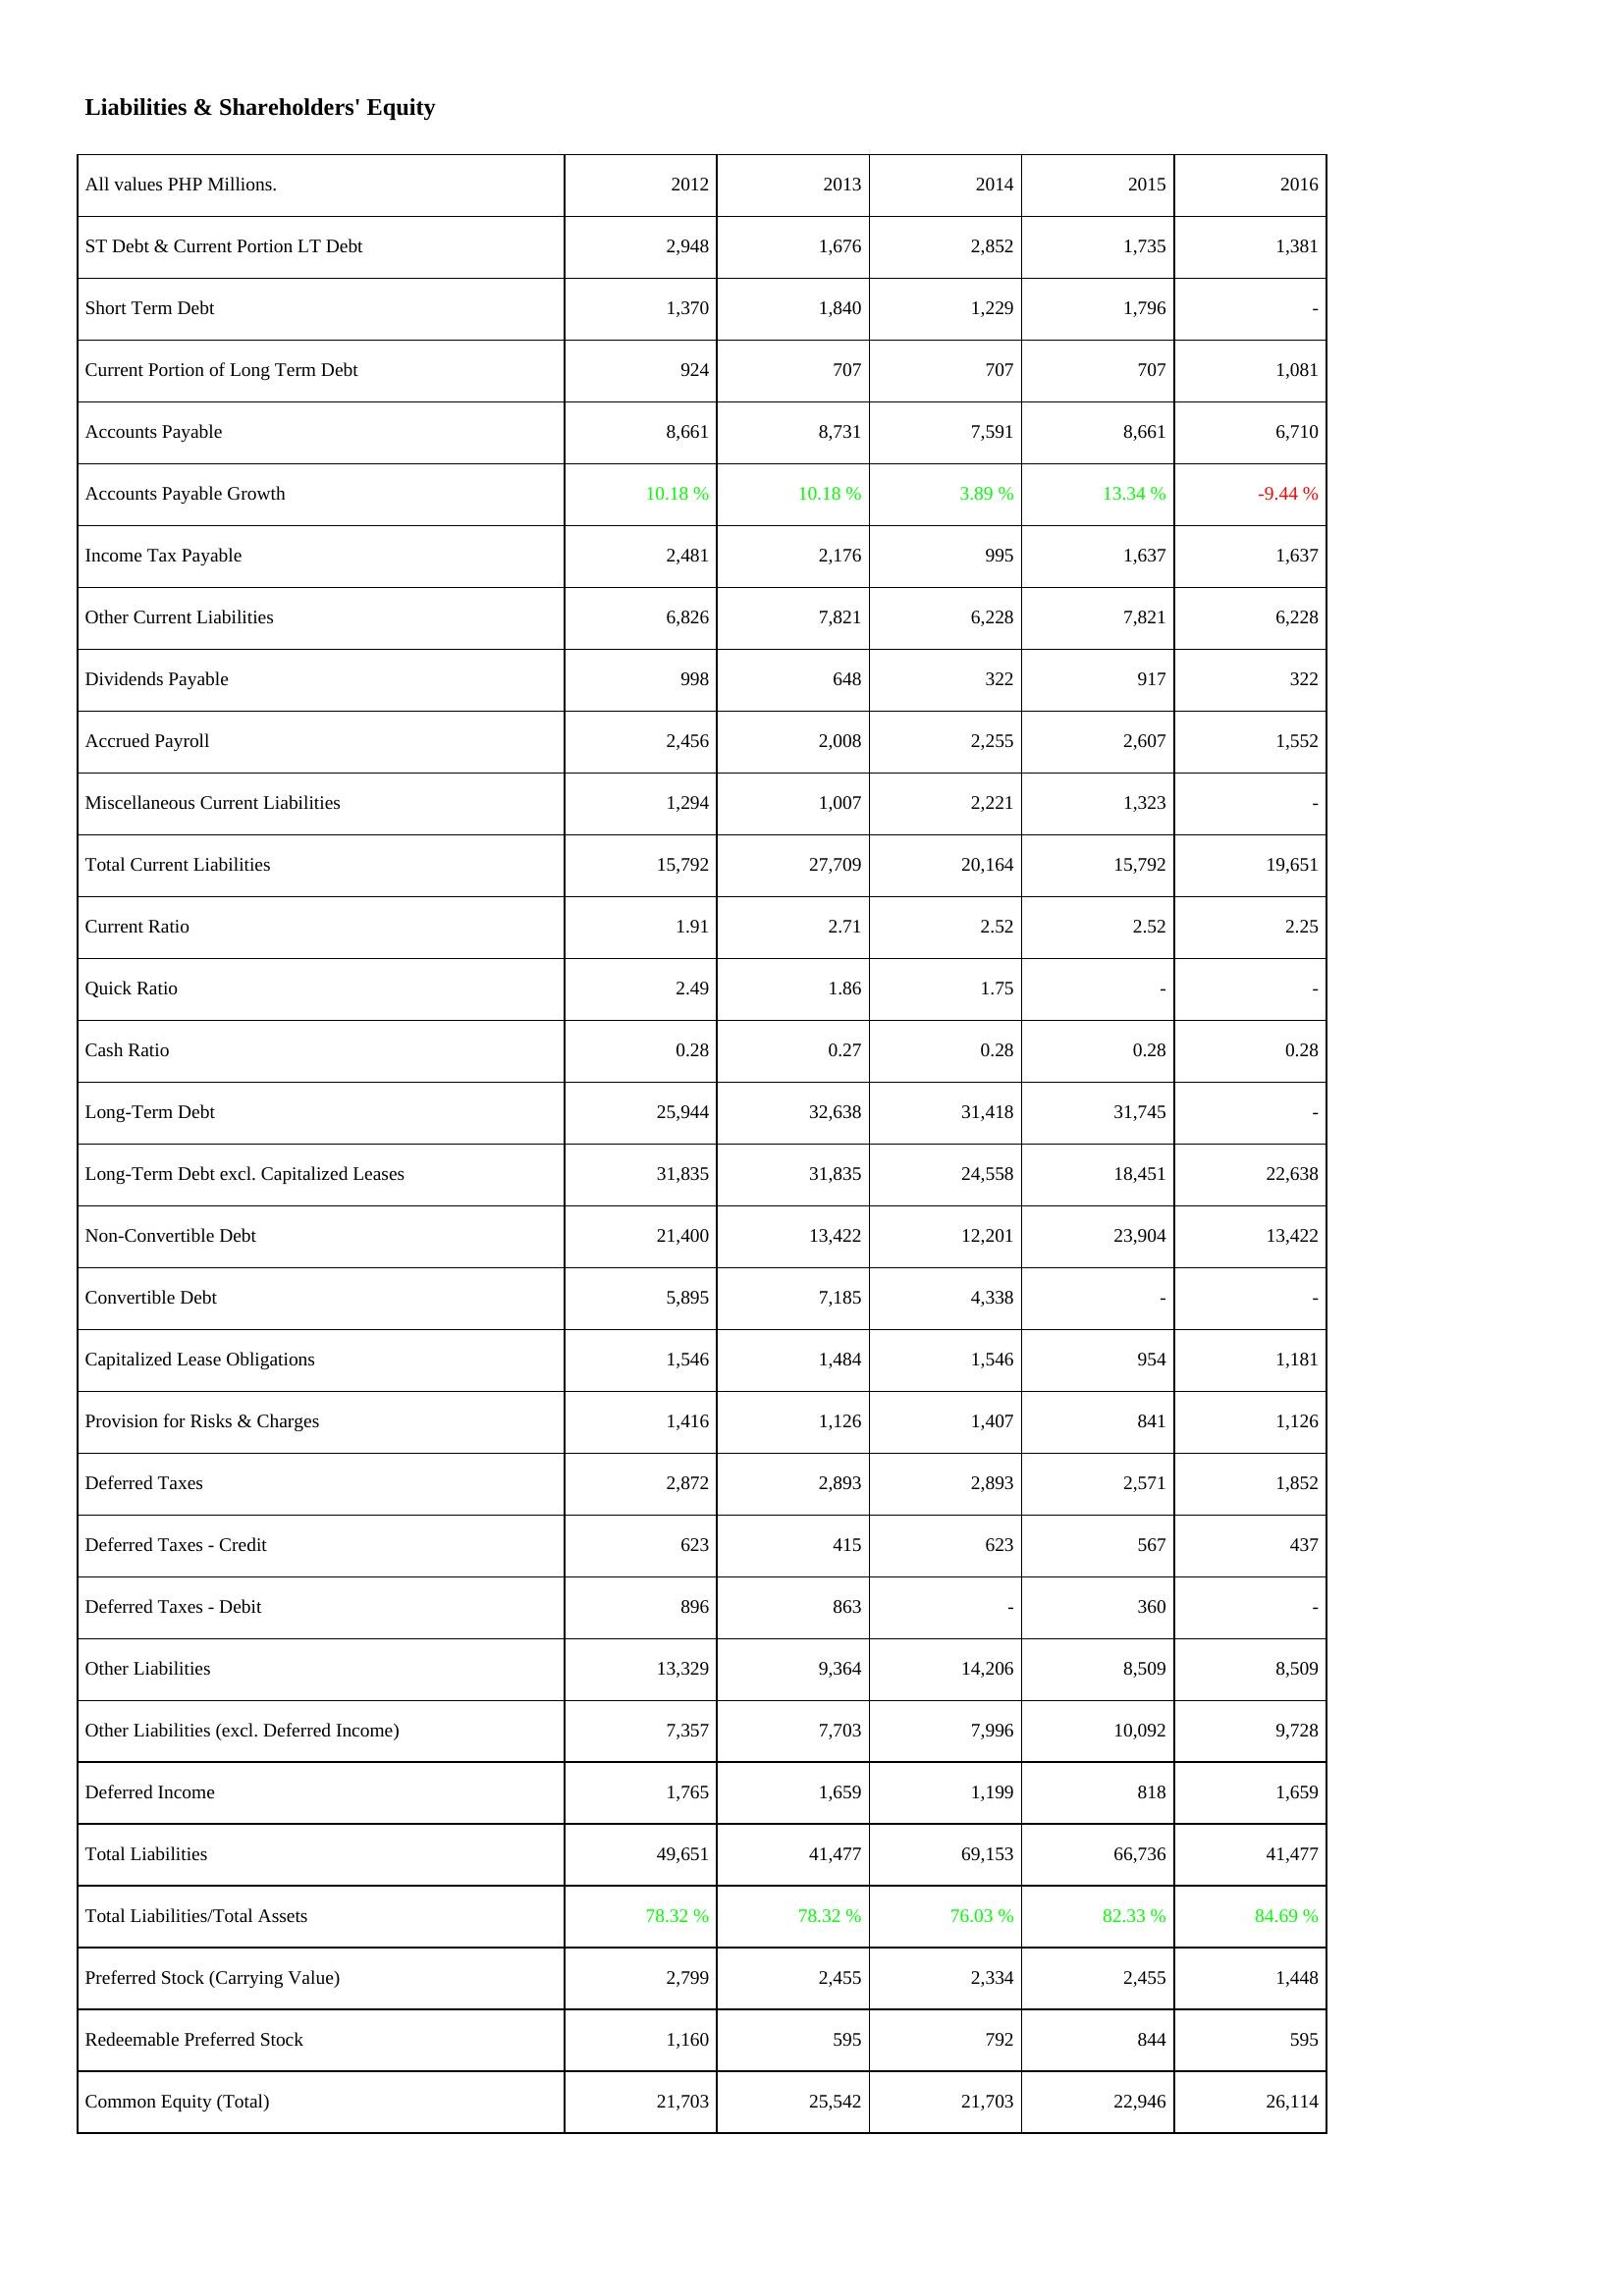
2012: Liabilities & Shareholders' Equity: ST Debt & Current Portion LT Debt: 2,948
Short Term Debt: 1,370
Current Portion of Long Term Debt: 924
Accounts Payable: 8,661
Accounts Payable Growth: 10.18 %
Income Tax Payable: 2,481
Other Current Liabilities: 6,826
Dividends Payable: 998
Accrued Payroll: 2,456
Miscellaneous Current Liabilities: 1,294
Total Current Liabilities: 15,792
Current Ratio: 1.91
Quick Ratio: 2.49
Cash Ratio: 0.28
Long-Term Debt: 25,944
Long-Term Debt excl. Capitalized Leases: 31,835
Non-Convertible Debt: 21,400
Convertible Debt: 5,895
Capitalized Lease Obligations: 1,546
Provision for Risks & Charges: 1,416
Deferred Taxes: 2,872
Deferred Taxes - Credit: 623
Deferred Taxes - Debit: 896
Other Liabilities: 13,329
Other Liabilities (excl. Deferred Income): 7,357
Deferred Income: 1,765
Total Liabilities: 49,651
Total Liabilities/Total Assets: 78.32 %
Preferred Stock (Carrying Value): 2,799
Redeemable Preferred Stock: 1,160
Common Equity (Total): 21,703
2013: Liabilities & Shareholders' Equity: ST Debt & Current Portion LT Debt: 1,676
Short Term Debt: 1,840
Current Portion of Long Term Debt: 707
Accounts Payable: 8,731
Accounts Payable Growth: 10.18 %
Income Tax Payable: 2,176
Other Current Liabilities: 7,821
Dividends Payable: 648
Accrued Payroll: 2,008
Miscellaneous Current Liabilities: 1,007
Total Current Liabilities: 27,709
Current Ratio: 2.71
Quick Ratio: 1.86
Cash Ratio: 0.27
Long-Term Debt: 32,638
Long-Term Debt excl. Capitalized Leases: 31,835
Non-Convertible Debt: 13,422
Convertible Debt: 7,185
Capitalized Lease Obligations: 1,484
Provision for Risks & Charges: 1,126
Deferred Taxes: 2,893
Deferred Taxes - Credit: 415
Deferred Taxes - Debit: 863
Other Liabilities: 9,364
Other Liabilities (excl. Deferred Income): 7,703
Deferred Income: 1,659
Total Liabilities: 41,477
Total Liabilities/Total Assets: 78.32 %
Preferred Stock (Carrying Value): 2,455
Redeemable Preferred Stock: 595
Common Equity (Total): 25,542
2014: Liabilities & Shareholders' Equity: ST Debt & Current Portion LT Debt: 2,852
Short Term Debt: 1,229
Current Portion of Long Term Debt: 707
Accounts Payable: 7,591
Accounts Payable Growth: 3.89 %
Income Tax Payable: 995
Other Current Liabilities: 6,228
Dividends Payable: 322
Accrued Payroll: 2,255
Miscellaneous Current Liabilities: 2,221
Total Current Liabilities: 20,164
Current Ratio: 2.52
Quick Ratio: 1.75
Cash Ratio: 0.28
Long-Term Debt: 31,418
Long-Term Debt excl. Capitalized Leases: 24,558
Non-Convertible Debt: 12,201
Convertible Debt: 4,338
Capitalized Lease Obligations: 1,546
Provision for Risks & Charges: 1,407
Deferred Taxes: 2,893
Deferred Taxes - Credit: 623
Deferred Taxes - Debit: -
Other Liabilities: 14,206
Other Liabilities (excl. Deferred Income): 7,996
Deferred Income: 1,199
Total Liabilities: 69,153
Total Liabilities/Total Assets: 76.03 %
Preferred Stock (Carrying Value): 2,334
Redeemable Preferred Stock: 792
Common Equity (Total): 21,703
2015: Liabilities & Shareholders' Equity: ST Debt & Current Portion LT Debt: 1,735
Short Term Debt: 1,796
Current Portion of Long Term Debt: 707
Accounts Payable: 8,661
Accounts Payable Growth: 13.34 %
Income Tax Payable: 1,637
Other Current Liabilities: 7,821
Dividends Payable: 917
Accrued Payroll: 2,607
Miscellaneous Current Liabilities: 1,323
Total Current Liabilities: 15,792
Current Ratio: 2.52
Quick Ratio: -
Cash Ratio: 0.28
Long-Term Debt: 31,745
Long-Term Debt excl. Capitalized Leases: 18,451
Non-Convertible Debt: 23,904
Convertible Debt: -
Capitalized Lease Obligations: 954
Provision for Risks & Charges: 841
Deferred Taxes: 2,571
Deferred Taxes - Credit: 567
Deferred Taxes - Debit: 360
Other Liabilities: 8,509
Other Liabilities (excl. Deferred Income): 10,092
Deferred Income: 818
Total Liabilities: 66,736
Total Liabilities/Total Assets: 82.33 %
Preferred Stock (Carrying Value): 2,455
Redeemable Preferred Stock: 844
Common Equity (Total): 22,946
2016: Liabilities & Shareholders' Equity: ST Debt & Current Portion LT Debt: 1,381
Short Term Debt: -
Current Portion of Long Term Debt: 1,081
Accounts Payable: 6,710
Accounts Payable Growth: -9.44 %
Income Tax Payable: 1,637
Other Current Liabilities: 6,228
Dividends Payable: 322
Accrued Payroll: 1,552
Miscellaneous Current Liabilities: -
Total Current Liabilities: 19,651
Current Ratio: 2.25
Quick Ratio: -
Cash Ratio: 0.28
Long-Term Debt: -
Long-Term Debt excl. Capitalized Leases: 22,638
Non-Convertible Debt: 13,422
Convertible Debt: -
Capitalized Lease Obligations: 1,181
Provision for Risks & Charges: 1,126
Deferred Taxes: 1,852
Deferred Taxes - Credit: 437
Deferred Taxes - Debit: -
Other Liabilities: 8,509
Other Liabilities (excl. Deferred Income): 9,728
Deferred Income: 1,659
Total Liabilities: 41,477
Total Liabilities/Total Assets: 84.69 %
Preferred Stock (Carrying Value): 1,448
Redeemable Preferred Stock: 595
Common Equity (Total): 26,114